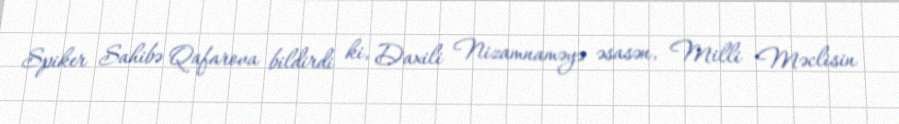
Spiker Sahibə Qafarova bildirdi ki, Daxili Nizamnaməyə əsasən, Milli Məclisin